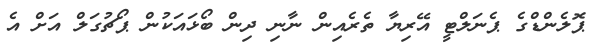
ޕޮލެންޑްގެ ޕެނަލްޓީ އޭރިޔާ ތެރެއިން ނާނި ދިން ބޯޅައަކުން ޕޯޗުގަލް އަށް އެ